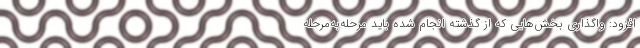
افزود: واگذاری بخش‌هایی که از گذشته انجام شده باید مرحله‌به‌مرحله